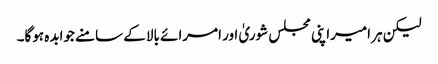
لیکن ہر امیراپنی مجلس شوریٰ اور امرائے بالا کے سامنے جوابدہ ہوگا۔